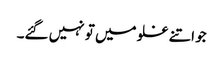
جو اتنے غلو میں تو نہیں گئے۔